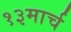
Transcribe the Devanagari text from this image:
१३मार्च